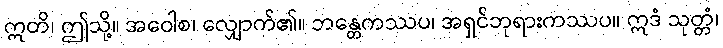
ဣတိ၊ ဤသို့။ အဝေါစ၊ လျှောက်၏။ ဘန္တေကဿပ၊ အရှင်ဘုရားကဿပ။ ဣဒံ သုတ္တံ၊